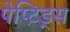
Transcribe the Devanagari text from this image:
पेप्टिड्स